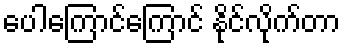
ပေါကြောင်ကြောင် နိုင်လိုက်တာ